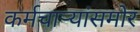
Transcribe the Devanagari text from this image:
कर्मचाऱ्यांसमोर